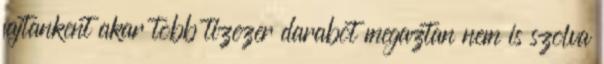
fajtankent akar tobb tizezer darabot megaztan nem is szolva